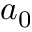
a _ { 0 }